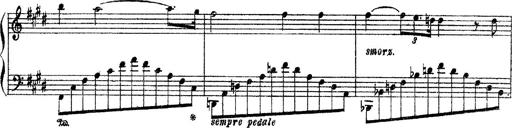
Title: 3 sonetti di Petrarca
Composer: Franz Liszt